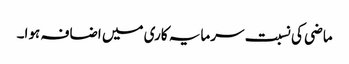
ماضی کی نسبت سرمایہ کاری میں اضافہ ہوا۔